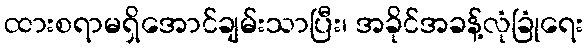
ထားစရာမရှိအောင်ချမ်းသာပြီး၊ အခိုင်အခန့်လုံခြုံရေး